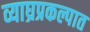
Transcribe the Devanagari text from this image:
व्याघ्रप्रकल्पात